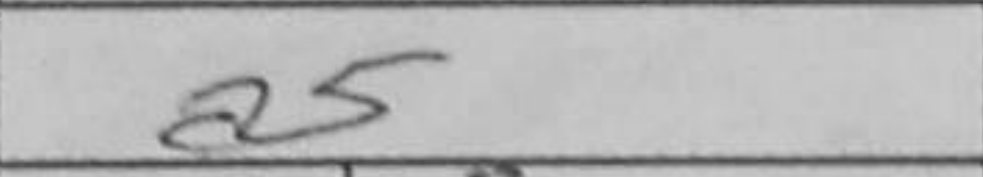
Transcription: a5